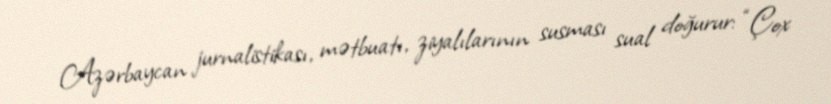
Azərbaycan jurnalistikası, mətbuatı, ziyalılarının susması sual doğurur: “Çox